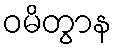
ဝမိတွာန